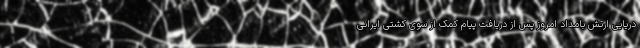
دریایی ارتش بامداد امروز پس از دریافت پیام کمک از سوی کشتی ایرانی